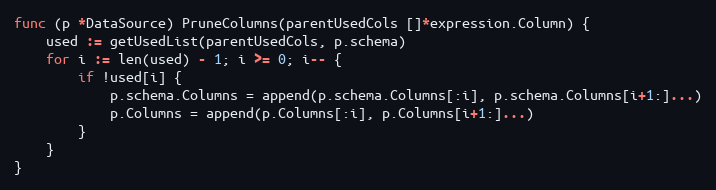
Language: Go
func (p *DataSource) PruneColumns(parentUsedCols []*expression.Column) {
	used := getUsedList(parentUsedCols, p.schema)
	for i := len(used) - 1; i >= 0; i-- {
		if !used[i] {
			p.schema.Columns = append(p.schema.Columns[:i], p.schema.Columns[i+1:]...)
			p.Columns = append(p.Columns[:i], p.Columns[i+1:]...)
		}
	}
}